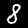
Digit: 8